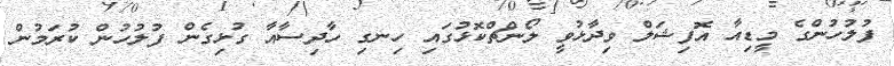
ފުލުހުންގެ މީޑިއާ އޮފިޝަލް ވިދާޅުވީ ލޯންޗްކޮޅުގައި ހިނގި ހާދިސާއާ ގުޅިގެން ފުލުހުން ކުރަމުން